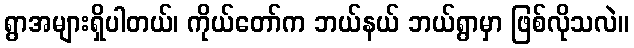
ရွာအများရှိပါတယ်၊ ကိုယ်တော်က ဘယ်နယ် ဘယ်ရွာမှာ ဖြစ်လိုသလဲ။